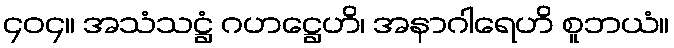
၄၀၄။ အသံသဋ္ဌံ ဂဟဋ္ဌေဟိ၊ အနာဂါရေဟိ စူဘယံ။